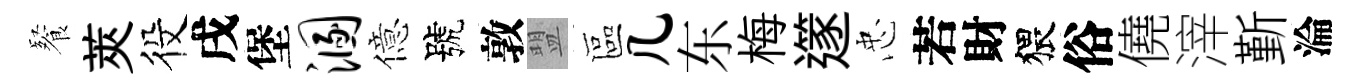
餐莢役戌堡溷億號敦盟區几东梅𨗹忠若財猥俗僥滓斳淪